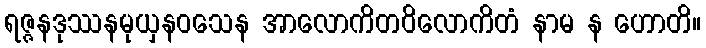
ရဇ္ဇနဒုဿနမုယှနဝသေန အာလောကိတဝိလောကိတံ နာမ န ဟောတိ။